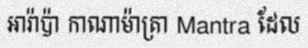
អារ៉ាប៉ា កាណាម៉ាត្រា Mantra ដែល